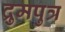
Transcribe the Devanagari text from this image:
द्रुमपुत्र